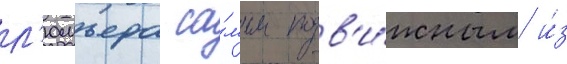
л'юмьера са́мым подв'и́жным и́з